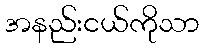
အနည်းငယ်ကိုသာ